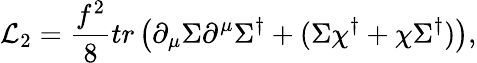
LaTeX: {\cal L}_{2}={\frac{f^{2}}{8}}tr\left(\partial_{\mu}\Sigma\partial^{\mu}\Sigma^{\dagger}+(\Sigma\chi^{\dagger}+\chi\Sigma^{\dagger})\right),